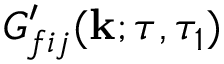
G _ { f i j } ^ { \prime } ( \mathbf { k } ; \tau , \tau _ { 1 } )